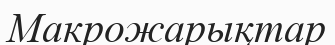
Макрожарықтар